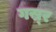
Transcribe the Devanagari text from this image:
गस्र्र